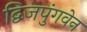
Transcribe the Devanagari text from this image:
द्विजपुंगवेन